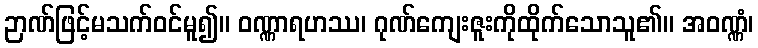
ဉာဏ်ဖြင့်မသက်ဝင်မူ၍။ ဝဏ္ဏာရဟဿ၊ ဂုဏ်ကျေးဇူးကိုထိုက်သောသူ၏။ အဝဏ္ဏံ၊